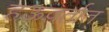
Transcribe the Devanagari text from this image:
हऊवर्तात्